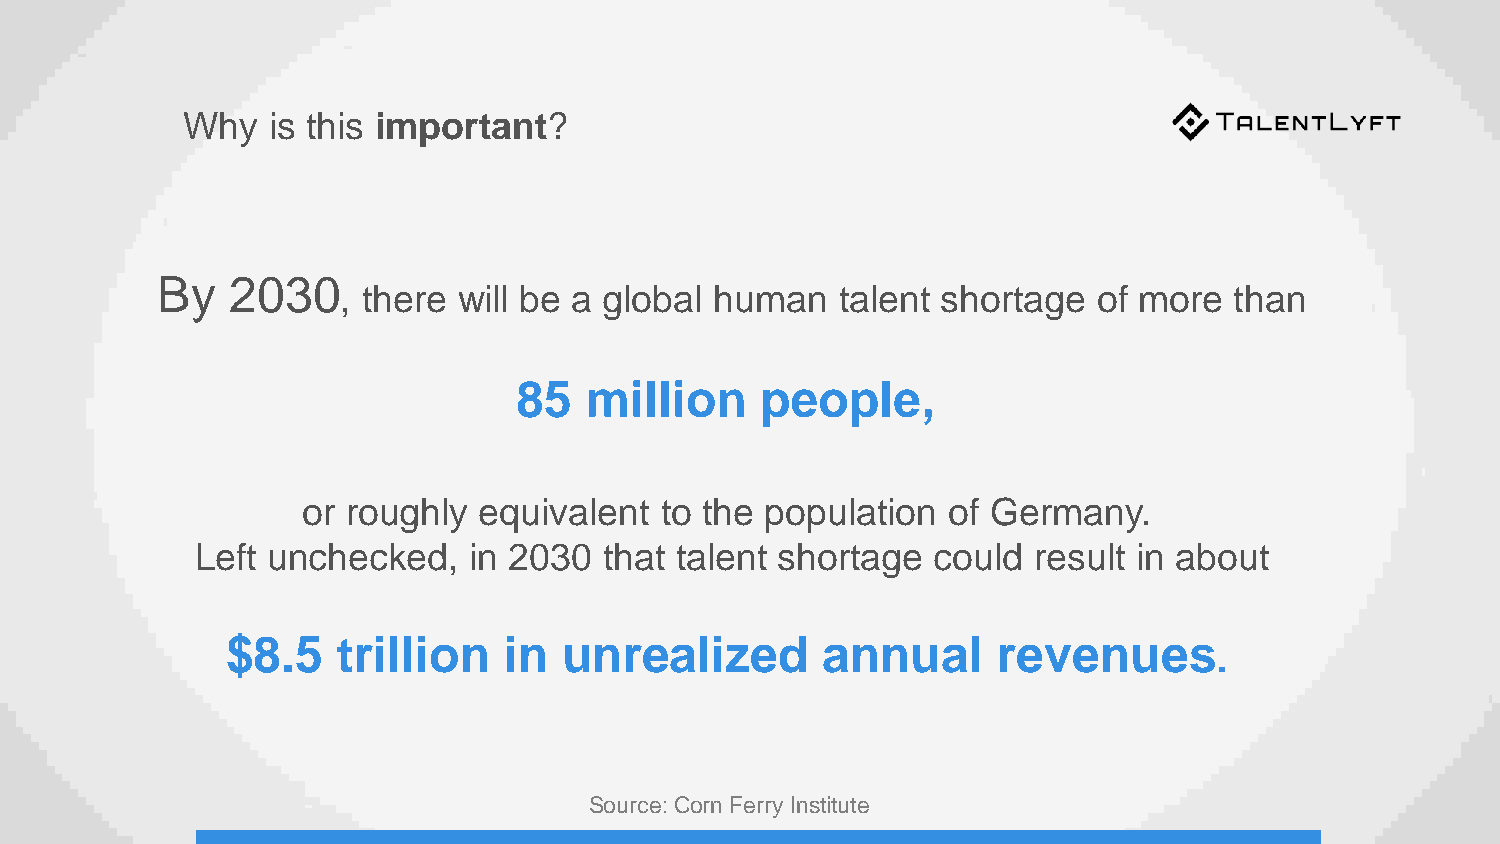
Why   is this important?
 By   2030
 , there will be a global human   talent shortage  of more  than
 85   million    people,
 or roughly  equivalent  to the population  of Germany.
 Left unchecked,   in 2030  that talent shortage  could result in about
 $8.5   trillion   in  unrealized       annual      revenues
 .
 Source: Corn Ferry Institute